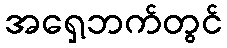
အရှေ့ဘက်တွင်